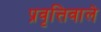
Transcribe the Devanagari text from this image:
प्रवृत्तिवाले